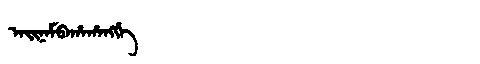
Manchu: ᠠᡳᠨᠠᠮᠪᠠᡥᠠᡥᠠᠩᡤᡝ
Romanization: AINAMBAHAHANGGE